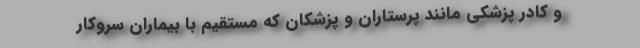
و کادر پزشکی مانند پرستاران و پزشکان که مستقیم با بیماران سروکار